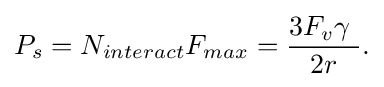
P_{s}=N_{interact}F_{max}={\frac {3F_{v}\gamma \ }{2r}}.\,\!